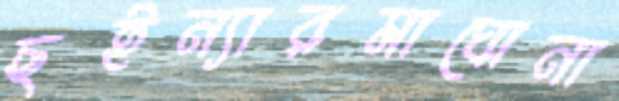
ছইন্যারমাঘোনা